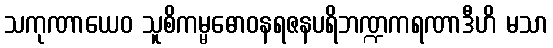
သကုဏာယေဝ သူစိကမ္မဓောဝနရဇနပရိဘဏ္ဍကရဏာဒီဟိ မသာ